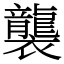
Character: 襲